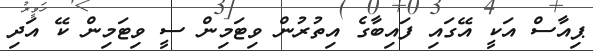
ޕިއާސް އަކީ އޭގައި ފައިބާގެ އިތުރުން ވިޓަމިން ސީ ވިޓަމިން ކޭ އަދި